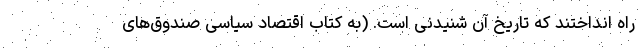
راه انداختند که تاریخ آن شنیدنی است. (به کتاب اقتصاد سیاسی صندوق‌های